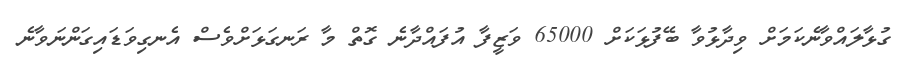
ގުޅާލައްވާނެކަމަށް ވިދާޅުވާ ބޭފުޅަކަށް 65000 ވަޒީފާ އުފައްދާނެ ގޮތް މާ ރަނގަޅަށްވެސް އެނގިވަޑައިގަންނަވާނެ